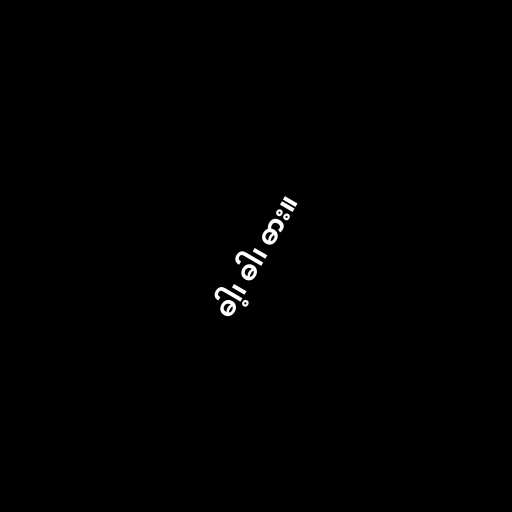
ဓါ့၊ ဓါ၊ ဓား။